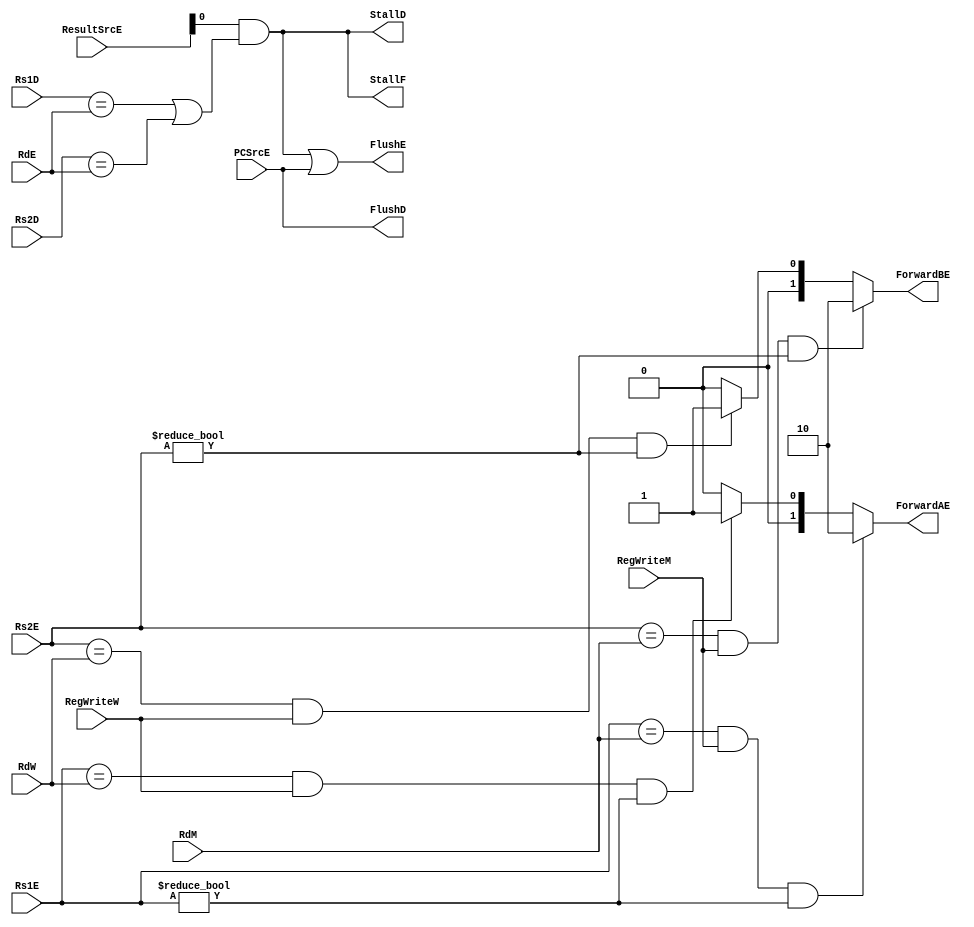
`timescale 1ns/1ps

module hazard_unit (
    input      [4:0] Rs1E,
    input      [4:0] Rs2E,
    input      [4:0] RdM,
    input      [4:0] RdW,
    input      [4:0] Rs1D,
    input      [4:0] Rs2D,
    input      [4:0] RdE,
    input      [1:0] ResultSrcE,
    input            RegWriteM,
    input            RegWriteW,
    input            PCSrcE,
    output reg       StallF,
    output reg       StallD,
    output reg       FlushE,
    output reg       FlushD,
    output reg [1:0] ForwardAE,
    output reg [1:0] ForwardBE
);
    reg lwStall;

    always @(*) begin
        if (((Rs1E == RdM) && RegWriteM) && (Rs1E != 0) ) begin
            ForwardAE = 2'b10;
        end
        else if ( ((Rs1E == RdW) && RegWriteW) && (Rs1E != 0) ) begin
            ForwardAE = 2'b01;
        end
        else begin
            ForwardAE = 2'b00;
        end
        
    end

    always @ (*) begin
        if (((Rs2E == RdM) && RegWriteM) && (Rs2E != 0) ) begin
            ForwardBE = 2'b10;
        end
        else if ( ((Rs2E == RdW) && RegWriteW) && (Rs2E != 0) ) begin
            ForwardBE = 2'b01;
        end
        else begin
            ForwardBE = 2'b00;
        end
        
    end

    always @ (*) begin
        lwStall = (ResultSrcE[0] & ((Rs1D == RdE) | (Rs2D == RdE)));
        StallD  = lwStall;
        FlushE  = lwStall | PCSrcE;
        StallF  = lwStall; 
        FlushD  = PCSrcE;
    end

endmodule